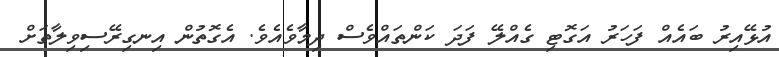
އުޅޭއިރު ބައެއް ފަހަރު އަގޮޓި ގެއްލޭ ފަދަ ކަންތައްވެސް ދިމާވެއެވެ. އެގޮތުން އިނގިރޭސިވިލާތަށް